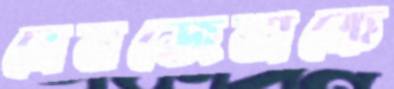
বেনজেমাকে